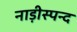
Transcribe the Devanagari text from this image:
नाड़ीस्पन्द